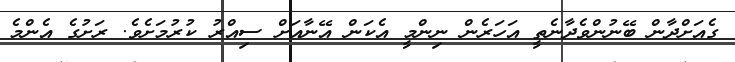
ގެއަށްދާން ބޭނުންވެދާނެތީ އަހަރެން ނިންމީ އެކަން އޭނާއަށް ސިއްރު ކުރުމަށެވެ. ރަށުގެ އެންމެ